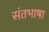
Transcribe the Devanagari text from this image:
संतभाषा